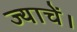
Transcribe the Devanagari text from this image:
ज्याचें।